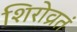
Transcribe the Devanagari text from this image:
शिरोव्रतं